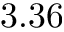
3 . 3 6